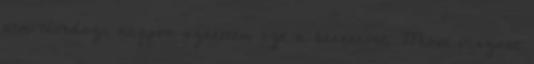
nem tévedsz, nagyon szeretem ezt a becenevet. Most viszont